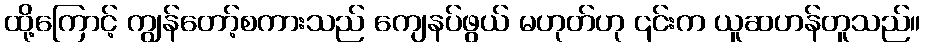
ထို့ကြောင့် ကျွန်တော့်စကားသည် ကျေနပ်ဖွယ် မဟုတ်ဟု ၎င်းက ယူဆဟန်တူသည်။